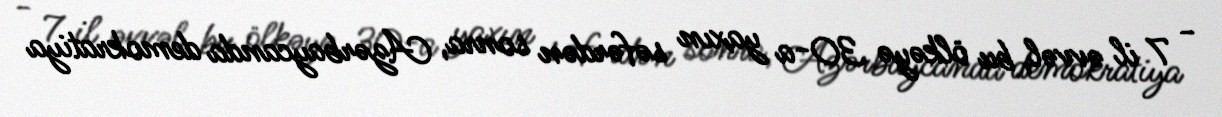
- 7 il əvvəl, bu ölkəyə 30-a yaxın səfərdən sonra, Azərbaycanda demokratiya